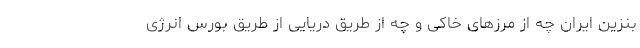
بنزین ایران چه از مرزهای خاکی و چه از طریق دریایی از طریق بورس انرژی